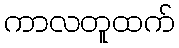
ကာလတူထက်